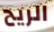
الريح